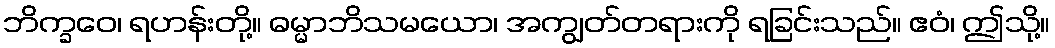
ဘိက္ခဝေ၊ ရဟန်းတို့။ ဓမ္မာဘိသမယော၊ အကျွတ်တရားကို ရခြင်းသည်။ ဧဝံ၊ ဤသို့။